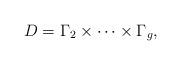
LaTeX: \begin{align*}D = \Gamma_2 \times \cdots \times \Gamma_g,\end{align*}